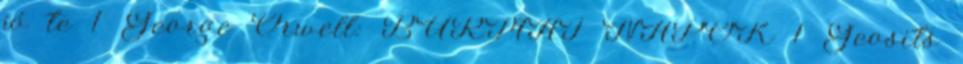
jó te 1 George Orwell: BURMAI NAPOK 1 Geosits